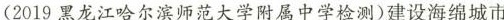
(2019黑龙江哈尔滨师范大学附属中学检测)建设海绵城市